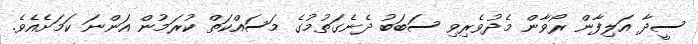
ސީދާ އަލިފާން ރޯވާން މެދުވެރިވި ސަބަބު ދެނެގަތުމުގެ މަސައްކަތް ކުރަމުން އަންނަ ކަމަށެއެވެ.